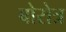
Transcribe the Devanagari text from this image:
बोरोत्र